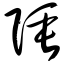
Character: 陲